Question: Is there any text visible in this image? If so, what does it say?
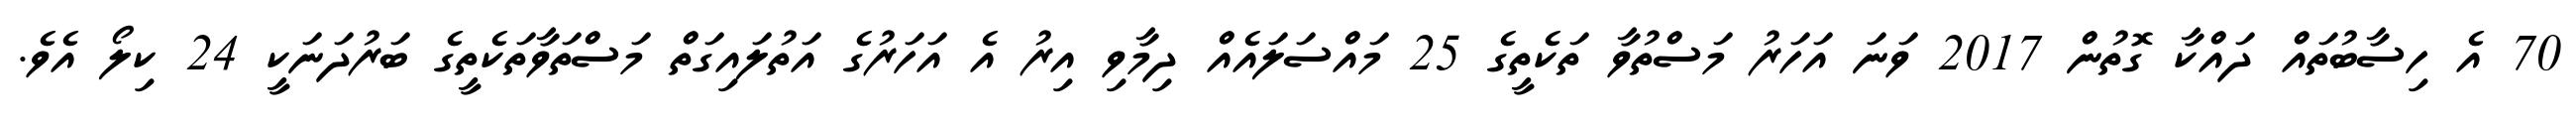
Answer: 70 އެ ހިސާބުތައް ދައްކާ ގޮތުން 2017 ވަނަ އަހަރު މަސްތުވާ ތަކެތީގެ 25 މައްސަލައެއް ދިމާވި އިރު އެ އަހަރުގެ އަތުލައިގަތް މަސްތަވާތަކެތީގެ ބަރުދަނަކީ 24 ކިލޯ އެވެ.